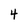
Character: 4